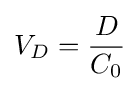
V_{D}={\frac {D}{C_{0}}}